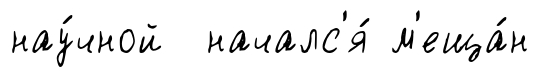
нау́чной началс'я́ м'еща́н